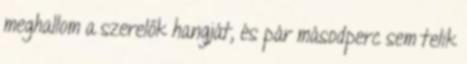
meghallom a szerelők hangját, és pár másodperc sem telik